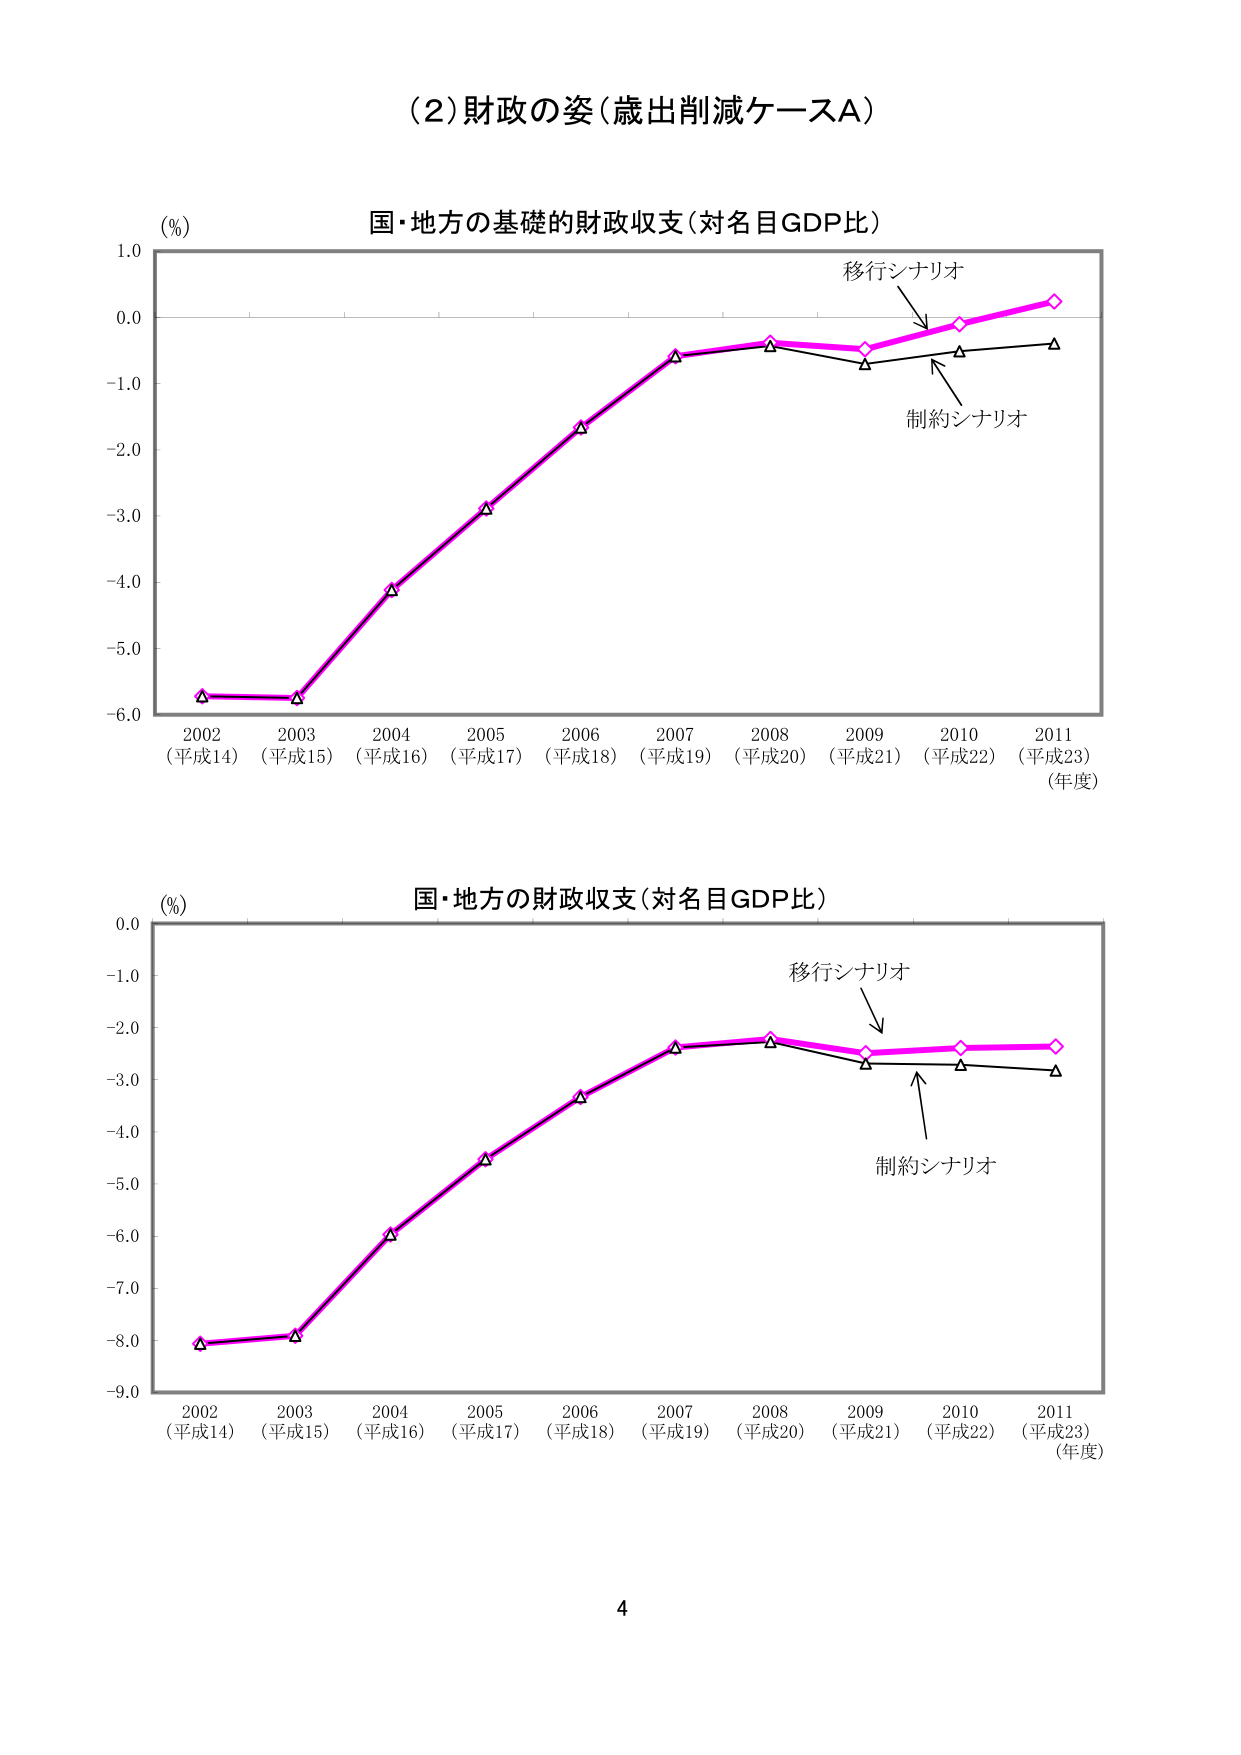
(2) 財政の姿（歳出削減ケースA）

(%)
国・地方の基礎的財政収支（対名目GDP比）
移行シナリオ
制約シナリオ
2002 (平成14) 2003 (平成15) 2004 (平成16) 2005 (平成17) 2006 (平成18) 2007 (平成19) 2008 (平成20) 2009 (平成21) 2010 (平成22) 2011 (平成23)
(年度)

(%)
国・地方の財政収支（対名目GDP比）
移行シナリオ
制約シナリオ
2002 (平成14) 2003 (平成15) 2004 (平成16) 2005 (平成17) 2006 (平成18) 2007 (平成19) 2008 (平成20) 2009 (平成21) 2010 (平成22) 2011 (平成23)
(年度)

4